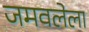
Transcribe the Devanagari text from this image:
जमवलेला